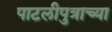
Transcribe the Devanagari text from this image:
पाटलीपुत्राच्या